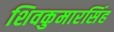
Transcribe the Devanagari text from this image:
शिवकुमारसिंह